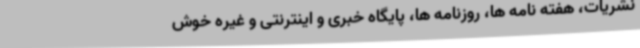
نشریات، هفته نامه ها، روزنامه ها، پایگاه خبری و اینترنتی و غیره خوش